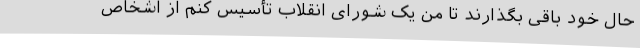
حال‌ خود باقی‌ بگذارند تا من‌ یک ‌شورای‌ انقلاب‌ تأسیس‌ کنم‌ از اشخاص‌